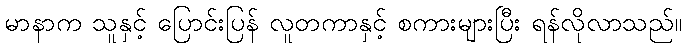
မာနာက သူနှင့် ပြောင်းပြန် လူတကာနှင့် စကားများပြီး ရန်လိုလာသည်။